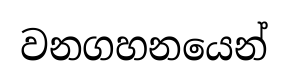
වනගහනයෙන්